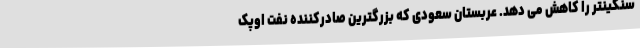
سنگینتر را کاهش می دهد. عربستان سعودی که بزرگترین صادرکننده نفت اوپک